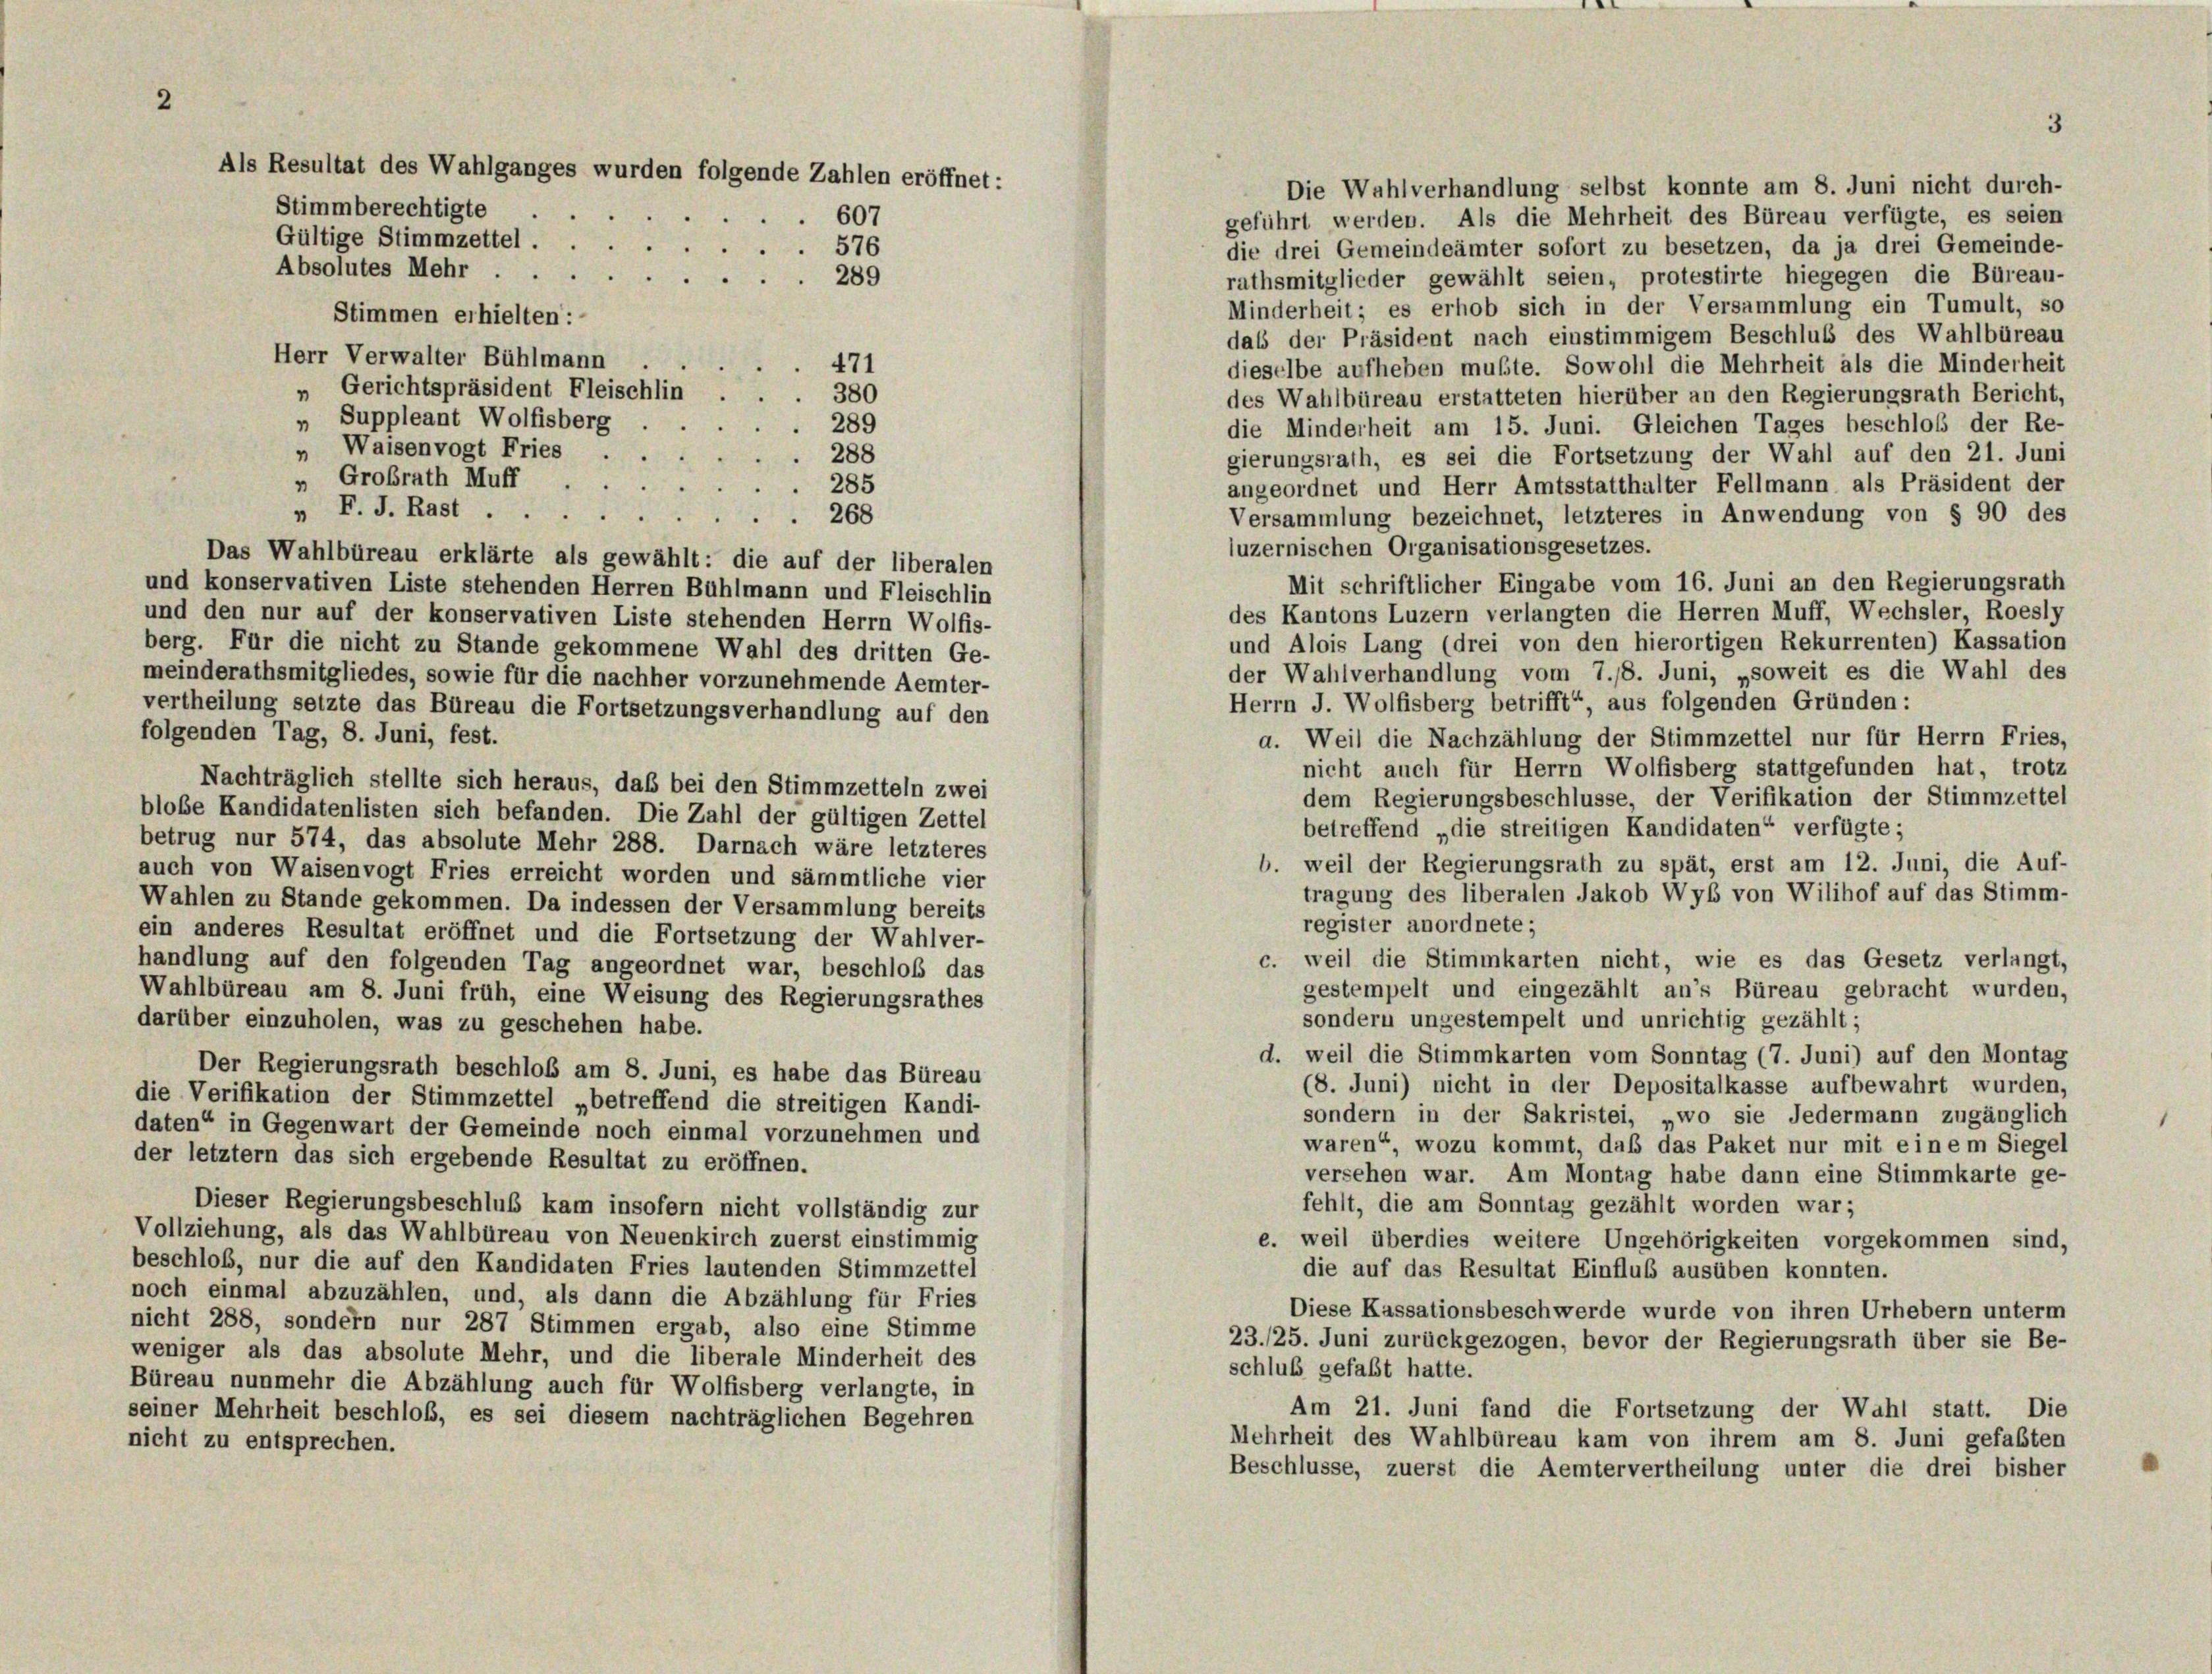
Stimmberechtigte

Als Resultat des Wahlganges wurden folgende Zahlen eröffnet :

.

Gültige Stimmzettel
576
Absolutes Mehr .
e
rathsmitglieder gewählt seien, protestirte hiegegen die Büreau-
289
Minderheit; es erhob sich in der Versammlung ein Tumult, so
Stimmen erhielten:
das der Präsident nach einstimmigem Beschluß des Wahlbüreau
Herr Verwalter Bühlmann
471
dieselbe aufheben mußte. Sowohl die Mehrheit als die Minderheit
„ Gerichtspräsident Fleischlin
380
des Wahlbüreau erstatteten hierüber an den Regierungsrath Bericht,
„ Suppleant Wolfisberg
289
die Minderheit am 15. Juni. Gleichen Tages beschloß der Re-
Waisenvogt Fries .
1
gierungsrath, es sei die Fortsetzung der Wahl auf den 21. Juni
288
" Großrath Muff
angeordnet und Herr Amtsstatthalter Fellmann als Präsident der
285
" F. J. Rast.
7
Versammlung bezeichnet, letzteres in Anwendung von § 90 des
 268
luzernischen Organisationsgesetzes.
Das Wahlbüreau erklärte als gewählt: die auf der liberalen
Mit schriftlicher Eingabe vom 16. Juni an den Regierungsrath
und konservativen Liste stehenden Herren Bühlmann und Fleischlin
des Kantons Luzern verlangten die Herren Muff, Wechsler, Roesly
und den nur auf der konservativen Liste stehenden Herrn Wolfis-
und Alois Lang (drei von den hierortigen Rekurrenten) Kassation
berg. Für die nicht zu Stande gekommene Wahl des dritten Ge-
der Wahlverhandlung vom 7./8. Juni, „soweit es die Wahl des
meinderathsmitgliedes, sowie für die nachher vorzunehmende Aemter-
Herrn J. Wolfisberg betrifft“ aus folgenden Gründen:
vertheilung setzte das Büreau die Fortsetzungsverhandlung auf den
folgenden Tag, 8. Juni, fest.
a. Weil die Nachzählung der Stimmzettel nur für Herrn Fries,
nicht auch für Herrn Wolfisberg stattgefunden hat, trotz
Nachträglich stellte sich heraus, daß bei den Stimmzetteln zwei
dem Regierungsbeschlüsse, der Verifikation der Stimmzettel
blobe Kandidatenlisten sich befanden. Die Zahl der gültigen Zettel
betreffend „die streitigen Kandidaten“ verfügte;
betrug nur 574, das absolute Mehr 288. Darnach wäre letzteres
b. weil der Regierungsrath zu spät, erst am 12. Juni, die Auf-
auch von Waisenvogt Fries erreicht worden und sämmtliche vier
tragung des liberalen Jakob Wyb von Wilihof auf das Stimm-
Wahlen zu Stande gekommen. Da indessen der Versammlung bereits
register anordnete;
ein anderes Resultat eröffnet und die Fortsetzung der Wahlver-
c. weil die Stimmkarten nicht, wie es das Gesetz verlangt,
handlung auf den folgenden Tag angeordnet war, beschloß das
gestempelt und eingezählt an’s Büreau gebracht wurden,
Wahlbüreau am 8. Juni früh, eine Weisung des Regierungsrathes
sondern ungestempelt und unrichtig gezählt;
darüber einzuholen, was zu geschehen habe.
d. weil die Stimmkarten vom Sonntag (7. Juni) auf den Montag
Der Regierungsrath beschloß am 8. Juni, es habe das Büreau
(8. Juni) nicht in der Depositalkasse aufbewahrt wurden,
die Verifikation der Stimmzettel „betreffend die streitigen Kandi-
sondern in der Sakristei, „wo sie Jedermann zugänglich
daten“ in Gegenwart der Gemeinde noch einmal vorzunehmen und
waren“, wozu kommt, daß das Paket nur mit einem Siegel
der letztem das sich ergebende Resultat zu eröffnen.
versehen war. Am Montag habe dann eine Stimmkarte ge-
fehlt, die am Sonntag gezählt worden war;
Dieser Regierungsbeschluß kam insofern nicht vollständig zur
Vollziehung, als das Wahlbüreau von Neuenkirch zuerst einstimmig
e. weil überdies weitere Ungehörigkeiten vorgekommen sind,
beschloß, nur die auf den Kandidaten Fries lautenden Stimmzettel
die auf das Resultat Einflub ausüben konnten.
noch einmal abzuzählen, und, als dann die Abzählung für Fries
Diese Kassationsbeschwerde wurde von ihren Urhebern unterm
nicht 288, sondern nur 287 Stimmen ergab, also eine Stimme
23./25. Juni zurückgezogen, bevor der Regierungsrath über sie Be-
weniger als das absolute Mehr, und die liberale Minderheit des
schluß gefaßt hatte.
Büreau nunmehr die Abzählung auch für Wolfisberg verlangte, in
Am 21. Juni fand die Fortsetzung der Wahl statt. Die
seiner Mehrheit beschloß, es sei diesem nachträglichen Begehren
Mehrheit des Wahlbüreau kam von ihrem am 8. Juni gefaßten
nicht zu entsprechen.
Beschlüsse, zuerst die Aemtervertheilung unter die drei bisher

607

Die Wahlverhandlung selbst konnte am 8. Juni nicht durch-
geführt werden. Als die Mehrheit des Büreau verfügte, es seien
die drei Gemeindeämter sofort zu besetzen, da ja drei Gemeinde-